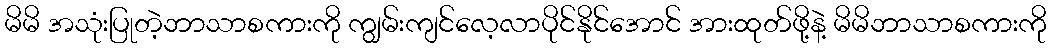
မိမိ အသုံးပြုတဲ့ဘာသာစကားကို ကျွမ်းကျင်လေ့လာပိုင်နိုင်အောင် အားထုတ်ဖို့နဲ့ မိမိဘာသာစကားကို